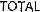
TOTAL